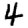
Digit: 4